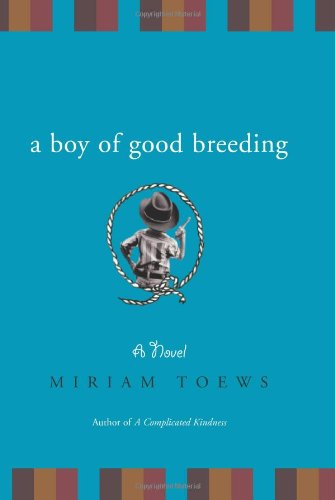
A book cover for A Boy of Good Breeding: A Novel; Miriam Toews; Literature & Fiction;